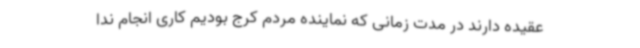
عقیده دارند در مدت زمانی که نماینده مردم کرج بودیم کاری انجام ندا